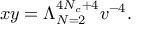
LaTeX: x y = \Lambda _ { N = 2 } ^ { 4 N _ { c } + 4 } v ^ { - 4 } .